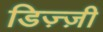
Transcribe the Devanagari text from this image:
डिज़्ज़ी